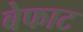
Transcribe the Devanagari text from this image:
बेफाट